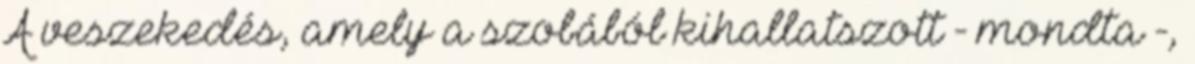
A veszekedés, amely a szobából kihallatszott - mondta -,